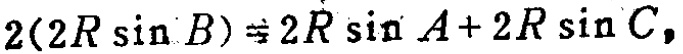
\(2(2R\sin B)=2R\sin A + 2R\sin C\)